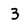
Character: 3